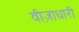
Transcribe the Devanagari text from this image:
वीज़ाधारी